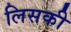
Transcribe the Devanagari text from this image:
लिसकी